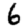
Digit: 6